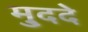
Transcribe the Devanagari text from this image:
मु्ददे